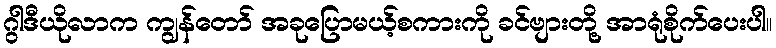
ဂွါဒီယိုလာက ကျွန်တော် အခုပြောမယ့်စကားကို ခင်ဗျားတို့ အာရုံစိုက်ပေးပါ။